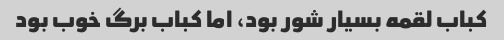
کباب لقمه بسیار شور بود، اما کباب برگ خوب بود